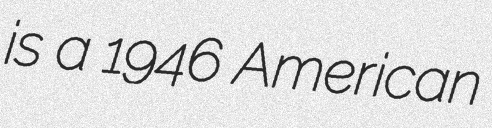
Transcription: is a 1946 American